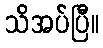
သိအပ်ပြီ။